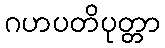
ဂဟပတိပုတ္တာ